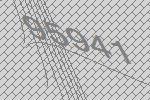
95941